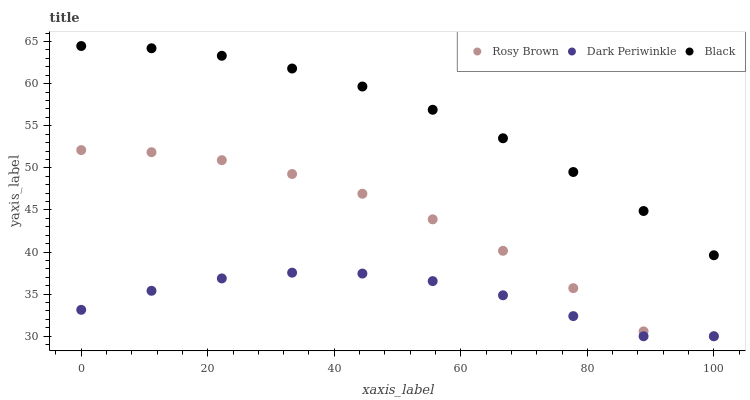
| xaxis_label | Rosy Brown | Dark Periwinkle | Black |
 | --- | --- | --- | --- |
 | 0 | 52.1 | 33.1 | 64.5 |
 | 11.1 | 51.9 | 35.4 | 64.2 |
 | 22.2 | 50.9 | 36.9 | 63.3 |
 | 33.3 | 49.3 | 37.6 | 61.8 |
 | 44.4 | 46.9 | 37.4 | 59.7 |
 | 55.6 | 43.9 | 36.5 | 56.9 |
 | 66.7 | 40.1 | 34.9 | 53.5 |
 | 77.8 | 35.7 | 32.4 | 49.5 |
 | 88.9 | 30.6 | 30 | 44.9 |
 | 100 | 30 | 30 | 39.6 |